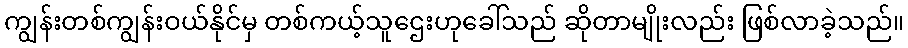
ကျွန်းတစ်ကျွန်းဝယ်နိုင်မှ တစ်ကယ့်သူဌေးဟုခေါ်သည် ဆိုတာမျိုးလည်း ဖြစ်လာခဲ့သည်။